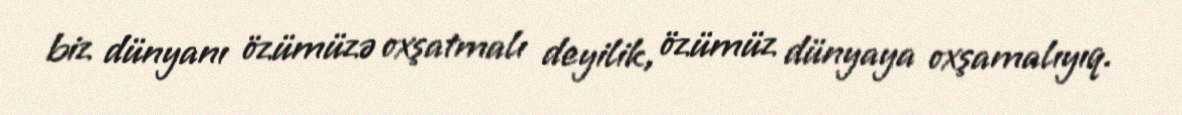
biz dünyanı özümüzə oxşatmalı deyilik, özümüz dünyaya oxşamalıyıq.